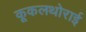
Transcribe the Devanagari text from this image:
कूकलथोराई